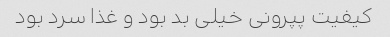
کیفیت پپرونی خیلی بد بود و غذا سرد بود